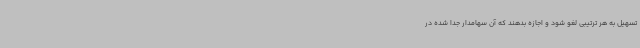
تسهیل به هر ترتیبی لغو شود و اجازه بدهند که آن سهامدار جدا شده در